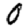
Digit: 0